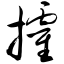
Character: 攉